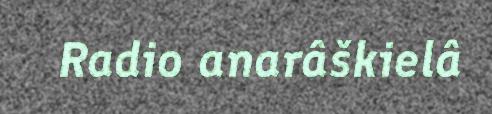
Radio anarâškielâ